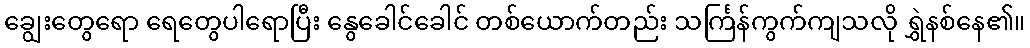
ချွေးတွေရော ရေတွေပါရောပြီး နွေခေါင်ခေါင် တစ်ယောက်တည်း သင်္ကြန်ကွက်ကျသလို ရွှဲနစ်နေ၏။